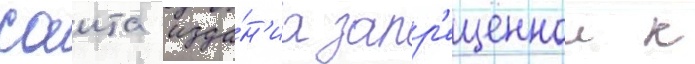
саита изда́н'иа запр'ещеннои к